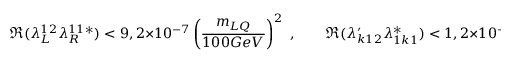
\Re ( \lambda _ { L } ^ { 1 2 } \lambda _ { R } ^ { 1 1 } { } ^ { * } ) < 9 , 2 \times 1 0 ^ { - 7 } \left( \frac { m _ { L Q } } { 1 0 0 G e V } \right) ^ { 2 } \; , \qquad \Re ( \lambda _ { k 1 2 } ^ { \prime } \lambda _ { 1 k 1 } ^ { * } ) < 1 , 2 \times 1 0 ^ { - 6 } \left( \frac { m _ { \tilde { l } _ { R } ^ { k } } } { 1 0 0 G e V } \right) ^ { 2 } \; ,